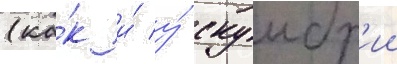
(ка́к и́ у́ скумбр'ии